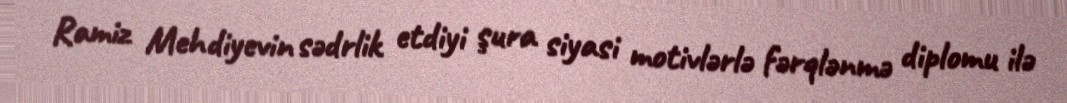
Ramiz Mehdiyevin sədrlik etdiyi şura siyasi motivlərlə fərqlənmə diplomu ilə